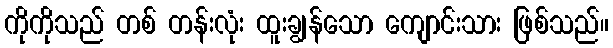
ကိုကိုသည် တစ် တန်းလုံး ထူးချွန်သော ကျောင်းသား ဖြစ်သည်။